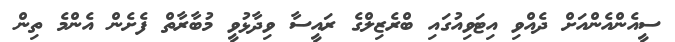
ސީއެންއެންއަށް ދެއްވި އިޓަވިއުގައި ބްރެޒިލްގެ ރައީސާ ވިދާޅުވީ މުބާރާތް ފެށެން އެންމެ ތިން